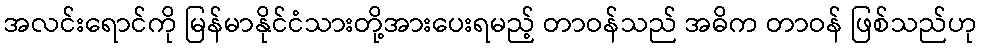
အလင်းရောင်ကို မြန်မာနိုင်ငံသားတို့အားပေးရမည့် တာဝန်သည် အဓိက တာဝန် ဖြစ်သည်ဟု